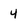
Character: 4